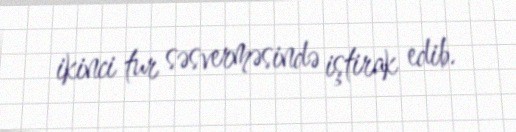
ikinci tur səsverməsində iştirak edib.